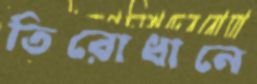
তিরোধানে